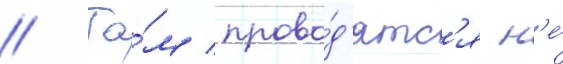
// Та́м прово́д'ятс'я н'е́